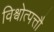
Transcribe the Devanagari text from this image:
विश्वोत्पत्तौ